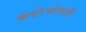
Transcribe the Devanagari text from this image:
कंबरेभोवती